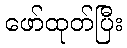
ဖော်ထုတ်ပြီး